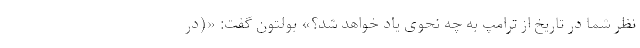
نظر شما در تاریخ از ترامپ به چه نحوی یاد خواهد شد؟» بولتون گفت: «(در